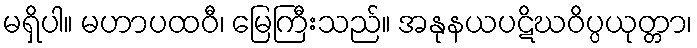
မရှိပါ။ မဟာပထဝီ၊ မြေကြီးသည်။ အနုနယပဋိဃဝိပ္ပယုတ္တာ၊